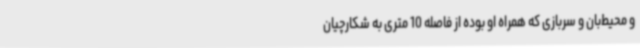
و محیط‌بان و سربازی که همراه او بوده از فاصله 10 متری به شکارچیان